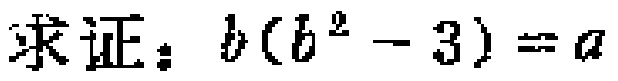
求证：\(b(b^{2}-3)=a\)